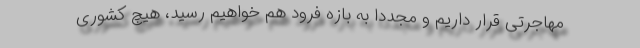
مهاجرتی قرار داریم و مجددا به بازه فرود هم خواهیم رسید، هیچ كشوری